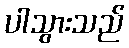
ပါသွားသည်